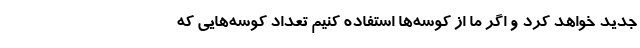
جدید خواهد کرد و اگر ما از کوسه‌ها استفاده کنیم تعداد کوسه‌هایی که